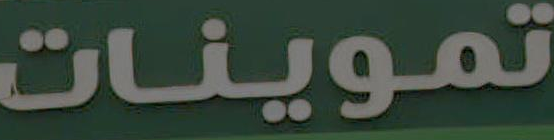
تموينات